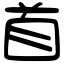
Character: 首